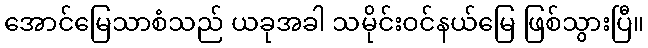
အောင်မြေသာစံသည် ယခုအခါ သမိုင်းဝင်နယ်မြေ ဖြစ်သွားပြီ။